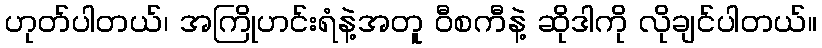
ဟုတ်ပါတယ်၊ အကြိုဟင်းရံနဲ့အတူ ဝီစကီနဲ့ ဆိုဒါကို လိုချင်ပါတယ်။